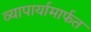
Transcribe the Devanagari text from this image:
व्यापार्यामार्फत